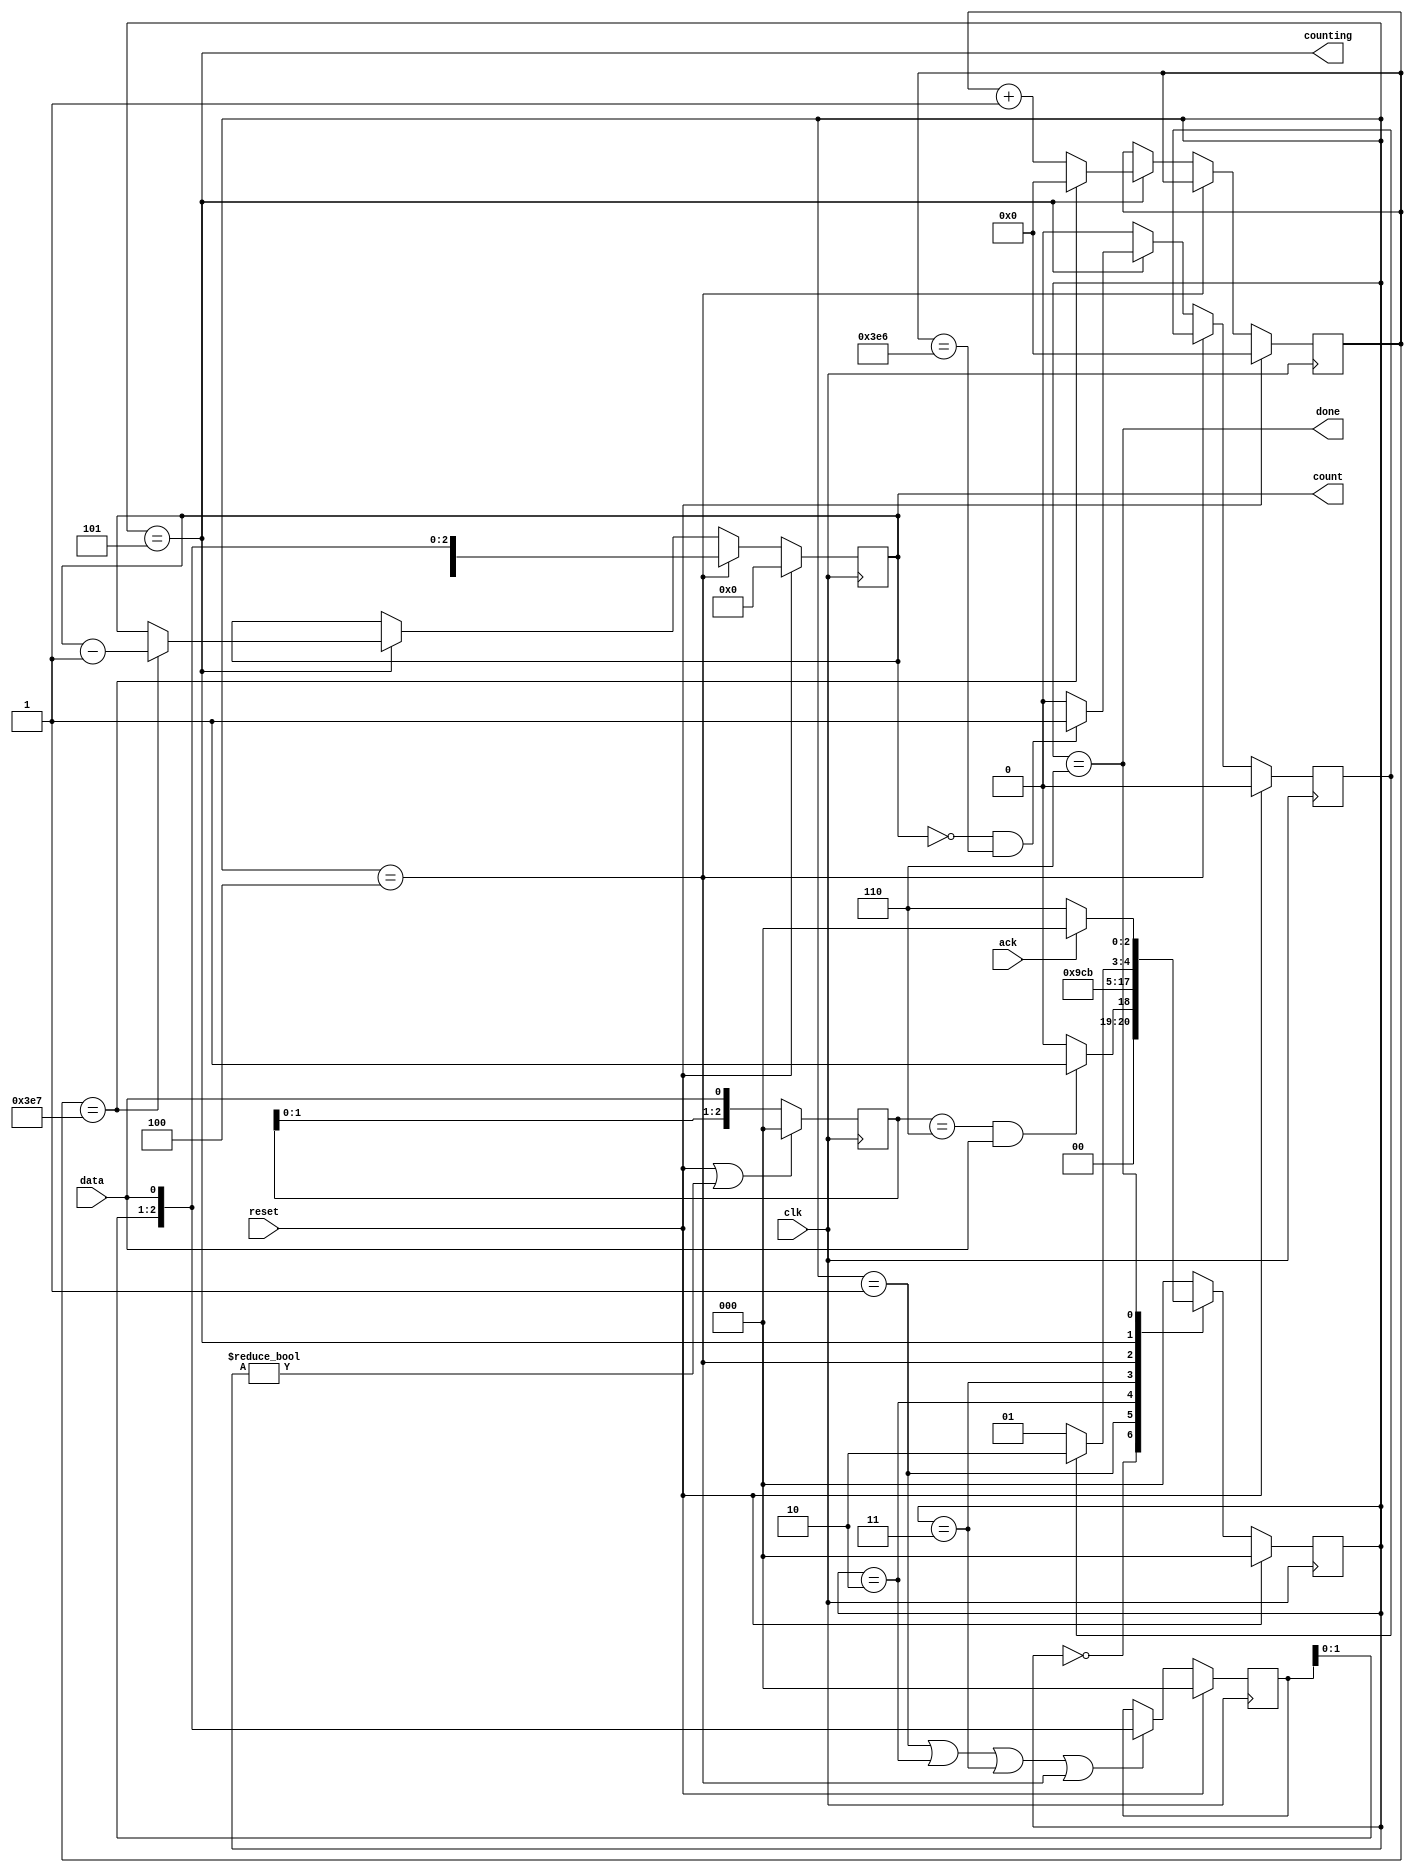
module top_module (
    input clk,
    input reset,      // Synchronous reset
    input data,
    output [3:0] count,
    output counting,
    output done,
    input ack );
    
    //FSM
    reg [2:0] ps, ns;
    reg [2:0] r;
    wire shift_ena;
    
    parameter Detect=0, S1=1, S2=2, S3=3, S4=4, Cnt=5, Done=6;
    
    always@(posedge clk) begin
            if(reset)
                ps <= Detect;
            else
                ps <= ns;
         end
    
    always@(posedge clk) begin
        	if(reset || ps!=Detect)
                r <= 0;
            else
                r <= {r[1:0], data};
         end
    
    always@(*) begin
            case(ps)
                Detect: ns = (r==3'b110 && data) ? S1 : Detect;
                S1: ns = S2;
                S2: ns = S3;
                S3: ns = S4;
                S4: ns = Cnt;
                Cnt: ns = done_counting ? Done : Cnt;
                Done: ns = ack ? Detect : Done;
                default: ns=Detect;
            endcase
        end
    
    assign shift_ena = ps==S1 || ps==S2 || ps==S3 || ps==S4;
    assign counting = ps==Cnt;
    assign done = ps==Done;
    
    //Datapath
    reg [2:0] delay;
    reg [9:0] r_count;
    reg done_counting;
    
    always @(posedge clk) begin
        if(reset)
            delay <= 0;
        else
            delay <= shift_ena ? {delay[1:0], data} : delay;
    end
    
    
    always @(posedge clk) begin
        if(reset) begin
            count <= 0;
        	r_count <= 0;
        	done_counting <= 0;
        end
        else if(ps==S4)
            count <= {delay[2:0], data};
        else if(counting) begin
            r_count <= r_count==10'd999 ? 0 : r_count+1;
            count <= r_count==10'd999 ? count-1 : count;
        	done_counting <= count==0&&r_count==10'd998 ? 1 : 0;
        end
        else
            done_counting <= 0;
    end

endmodule